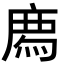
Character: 𢊁